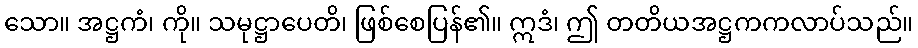
သော။ အဋ္ဌကံ၊ ကို။ သမုဋ္ဌာပေတိ၊ ဖြစ်စေပြန်၏။ ဣဒံ၊ ဤ တတိယအဋ္ဌကကလာပ်သည်။